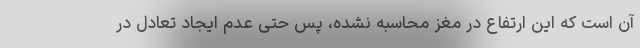
آن است که این ارتفاع در مغز محاسبه نشده، پس حتی عدم ایجاد تعادل در